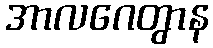
အာလဂေတွာန